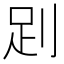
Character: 𧿀